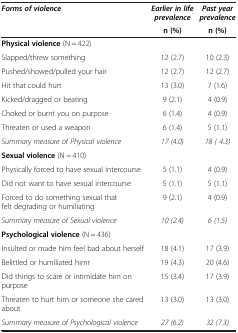
<table><thead><tr><td rowspan="2"><b><i>Forms of violence</i></b></td><td><b><i>Earlier in life prevalence</i></b></td><td><b><i>Past year prevalence</i></b></td></tr><tr><td><b>n (%)</b></td><td><b>n (%)</b></td></tr></thead><tbody><tr><td><b>Physical violence</b> (N = 422)</td><td> </td><td> </td></tr><tr><td>Slapped/threw something</td><td>12 (2.7)</td><td>10 (2.3)</td></tr><tr><td>Pushed/showed/pulled your hair</td><td>12 (2.7)</td><td>12 (2.7)</td></tr><tr><td>Hit that could hurt</td><td>13 (3.0)</td><td>7 (1.6)</td></tr><tr><td>Kicked/dragged or beating</td><td>9 (2.1)</td><td>4 (0.9)</td></tr><tr><td>Choked or burnt you on purpose</td><td>6 (1.4)</td><td>4 (0.9)</td></tr><tr><td>Threaten or used a weapon</td><td>6 (1.4)</td><td>5 (1.1)</td></tr><tr><td><i>Summary measure of Physical violence</i></td><td><i>17 (4.0)</i></td><td><i>18 ( 4.3)</i></td></tr><tr><td><b>Sexual violence</b> (N = 410)</td><td> </td><td> </td></tr><tr><td>Physically forced to have sexual intercourse</td><td>5 (1.1)</td><td>4 (0.9)</td></tr><tr><td>Did not want to have sexual intercourse</td><td>5 (1.1)</td><td>5 (1.1)</td></tr><tr><td>Forced to do something sexual that felt degrading or humiliating</td><td>9 (2.1)</td><td>4 (0.9)</td></tr><tr><td><i>Summary measure of Sexual violence</i></td><td><i>10 (2.4)</i></td><td><i>6 (1.5)</i></td></tr><tr><td><b>Psychological violence</b> (N = 436)</td><td> </td><td> </td></tr><tr><td>Insulted or made him feel bad about herself</td><td>18 (4.1)</td><td>17 (3.9)</td></tr><tr><td>Belittled or humiliated himr</td><td>19 (4.3)</td><td>20 (4.6)</td></tr><tr><td>Did things to scare or intimidate him on purpose</td><td>15 (3.4)</td><td>17 (3.9)</td></tr><tr><td>Threaten to hurt him or someone she cared about</td><td>13 (3.0)</td><td>13 (3.0)</td></tr><tr><td><i>Summary measure of Psychological violence</i></td><td><i>27 (6.2)</i></td><td><i>32 (7.3)</i></td></tr></tbody></table>